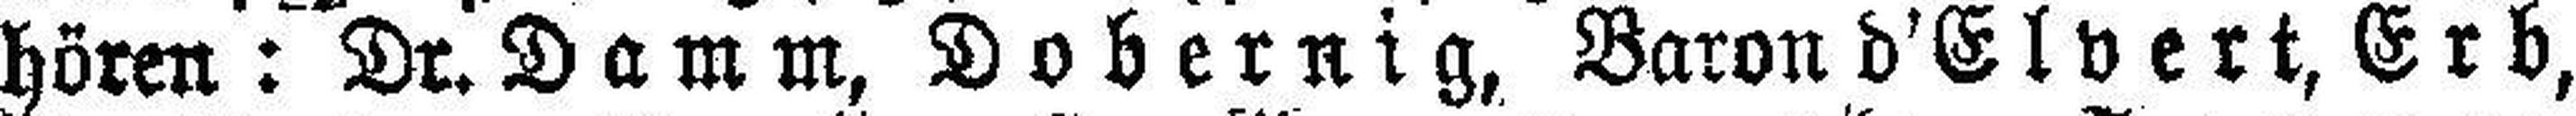
hören: Dr. Damm, Dobernig, Baron d’Elvert, Erb,